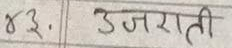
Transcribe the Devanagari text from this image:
४३. उजराती